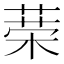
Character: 𦴇